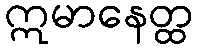
ဣမာနေတ္ထ